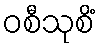
ဝစီသုစိံ